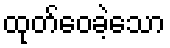
ထုတ်ဝေခဲ့သော